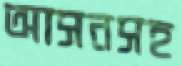
আসনসহ